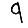
Digit: 9